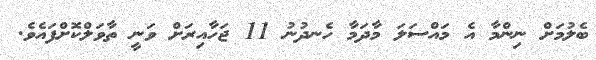
ބެލުމަށް ނިންމާ އެ މައްސަލަ މާދަމާ ހެނދުނު 11 ޖަހާއިރަށް ވަނީ ތާވަލްކޮށްފައެވެ.